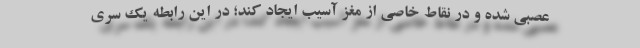
عصبی شده و در نقاط خاصی از مغز آسیب ایجاد کند؛ در این رابطه یک سری